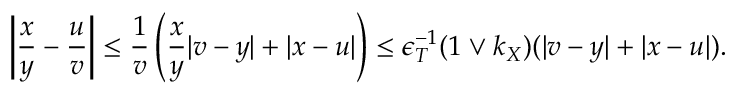
\left\lvert \frac { x } { y } - \frac { u } { v } \right\rvert \leq \frac { 1 } { v } \left( \frac { x } { y } \lvert v - y \rvert + \lvert x - u \rvert \right) \leq \epsilon _ { T } ^ { - 1 } ( 1 \vee k _ { X } ) ( \lvert v - y \rvert + \lvert x - u \rvert ) .